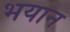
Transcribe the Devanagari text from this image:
भयान